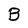
Character: B